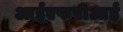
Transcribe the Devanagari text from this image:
आईएफपीआई